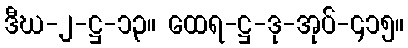
ဒီဃ-၂-ဋ္ဌ-၁၃။ ထေရ-ဋ္ဌ-ဒု-အုပ်-၄၁၅။